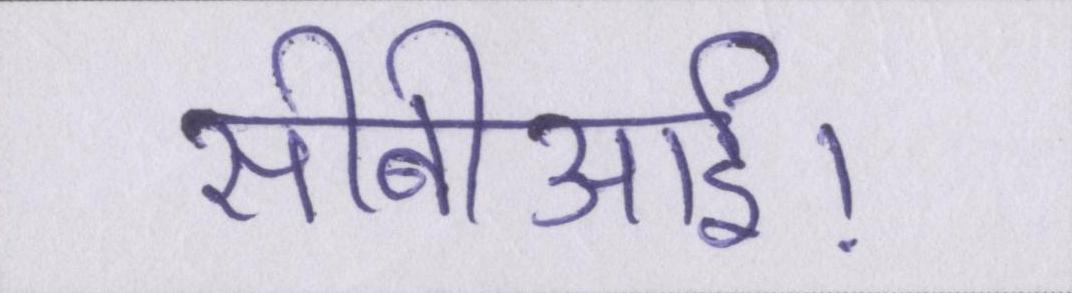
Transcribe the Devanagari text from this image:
सीबीआई।